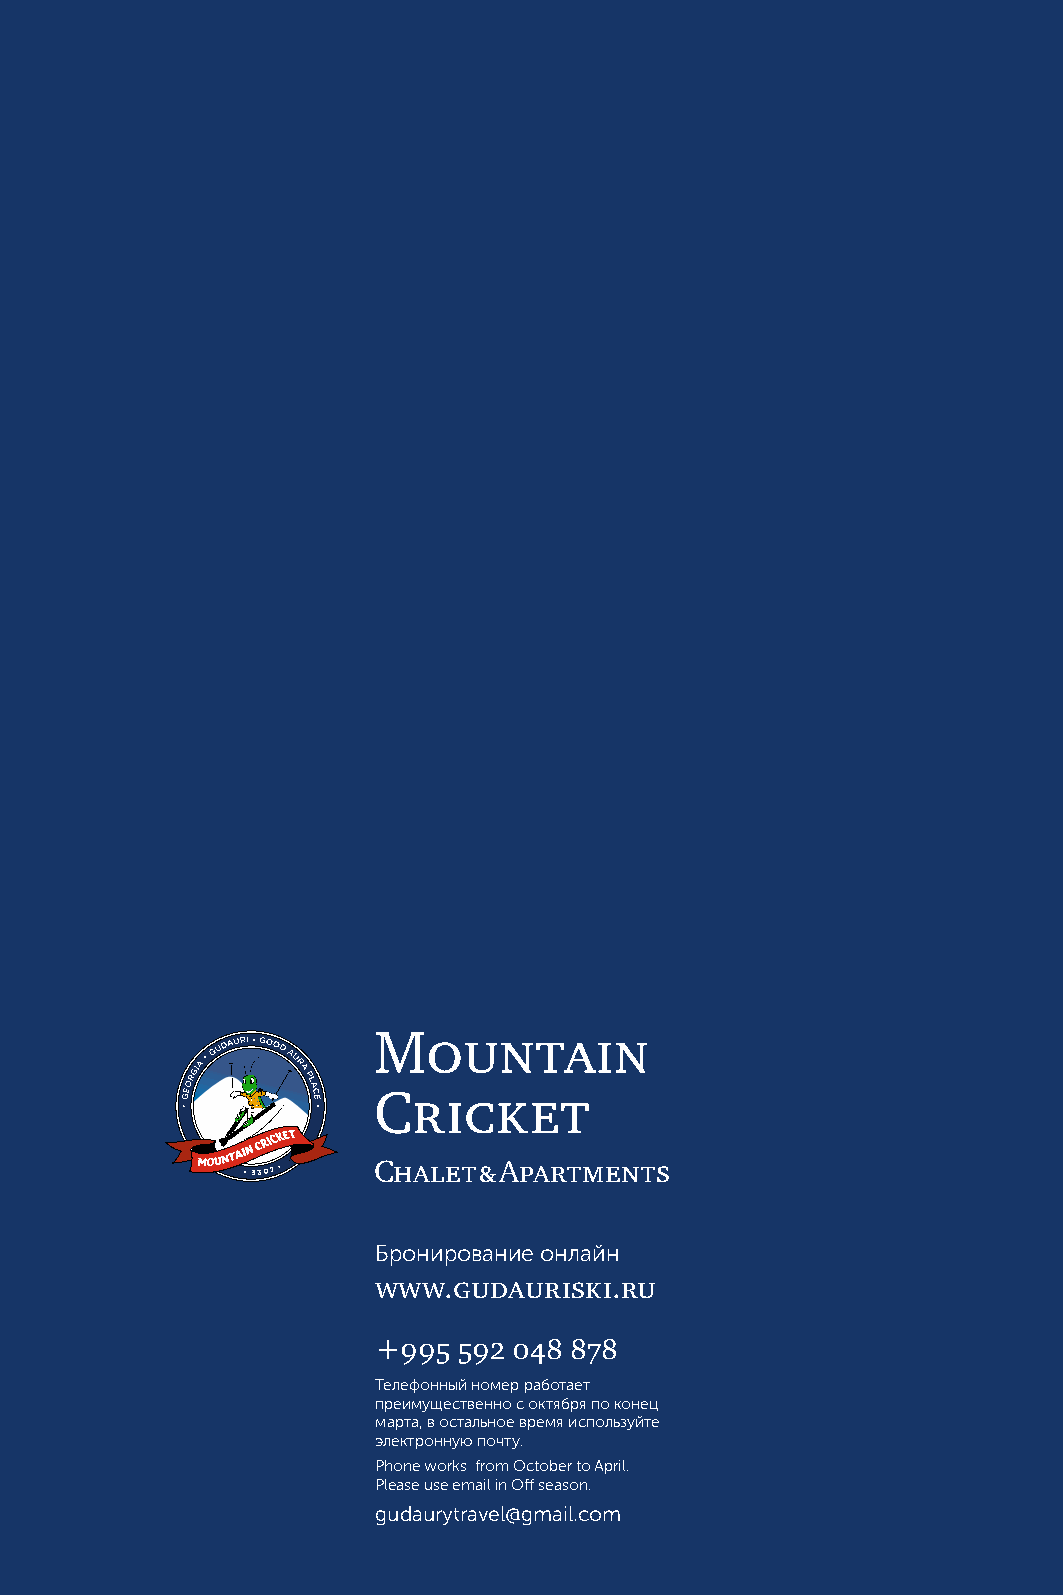
Mountain
 Cricket
 Chalet & Apartments
 Бронирование онлайн
 www.gudauriski.ru
 +995 592 048 878
 Телефонный номер работает
 преимущественно с октября по конец
 марта, в остальное время используйте
 электронную почту.
 Phone works from October to April.
 Please use email in Off season.
 gudaurytravel@gmail.com